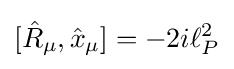
[{\hat {R}}_{\mu },{\hat {x}}_{\mu }]=-2i\ell _{P}^{2}